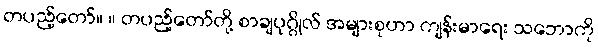
တပည့်တော်။ ။ တပည့်တော်တို့ စာချပုဂ္ဂိုလ် အများစုဟာ ကျန်းမာရေး သဘောကို